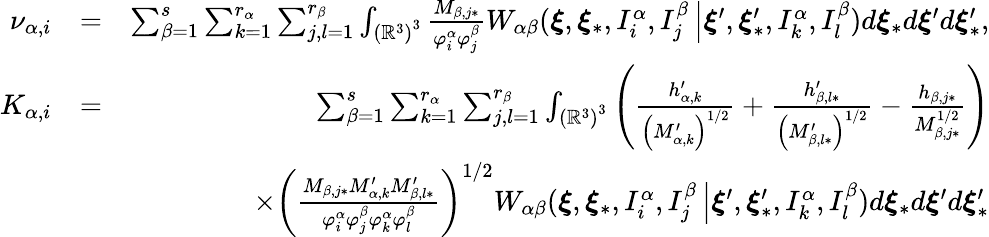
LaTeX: \begin{array}{rlr}{\nu_{\alpha,i}}&{=}&{\sum_{\beta=1}^{s}\sum_{k=1}^{r_{\alpha}}\sum_{j,l=1}^{r_{\beta}}\int_{\left(\mathbb{R}^{3}\right)^{3}}\frac{M_{\beta,j\ast}}{\varphi_{i}^{\alpha}\varphi_{j}^{\beta}}W_{\alpha\beta}(\boldsymbol{\xi},\boldsymbol{\xi}_{\ast},I_{i}^{\alpha},I_{j}^{\beta}\left\vert\boldsymbol{\xi}^{\prime},\boldsymbol{\xi}_{\ast}^{\prime},I_{k}^{\alpha},I_{l}^{\beta}\right.)d\boldsymbol{\xi}_{\ast}d\boldsymbol{\xi}^{\prime}d\boldsymbol{\xi}_{\ast}^{\prime}\mathrm{,}}\\ {K_{\alpha,i}}&{=}&{\sum_{\beta=1}^{s}\sum_{k=1}^{r_{\alpha}}\sum_{j,l=1}^{r_{\beta}}\int_{\left(\mathbb{R}^{3}\right)^{3}}\left(\frac{h_{\alpha,k}^{\prime}}{\left(M_{\alpha,k}^{\prime}\right)^{1/2}}+\frac{h_{\beta,l\ast}^{\prime}}{\left(M_{\beta,l\ast}^{\prime}\right)^{1/2}}-\frac{h_{\beta,j\ast}}{M_{\beta,j\ast}^{1/2}}\right)}\\ &{}&{\times\left(\frac{M_{\beta,j\ast}M_{\alpha,k}^{\prime}M_{\beta,l\ast}^{\prime}}{\varphi_{i}^{\alpha}\varphi_{j}^{\beta}\varphi_{k}^{\alpha}\varphi_{l}^{\beta}}\right)^{1/2}W_{\alpha\beta}(\boldsymbol{\xi},\boldsymbol{\xi}_{\ast},I_{i}^{\alpha},I_{j}^{\beta}\left\vert\boldsymbol{\xi}^{\prime},\boldsymbol{\xi}_{\ast}^{\prime},I_{k}^{\alpha},I_{l}^{\beta}\right.)d\boldsymbol{\xi}_{\ast}d\boldsymbol{\xi}^{\prime}d\boldsymbol{\xi}_{\ast}^{\prime}}\end{array}